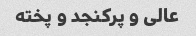
عالی و پرکنجد و پخته